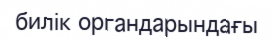
билік органдарындағы